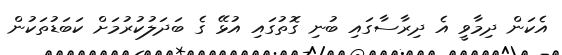
އެކަން ދިމާވީ އެ ދިރާސާގައި ބުނި ގޮތުގައި އުޅޭ ގެ ބަދަލުކުރުމަށް ކަބަޑުތަކުން